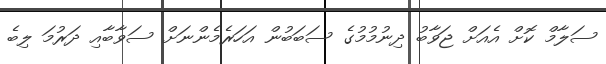
ސަލާމް ކޮށް އެއަށް ޖަވާބު ދިނުމުމުގެ ސަބަބުން އަހަރެމެންނަށް ސަވާބާއި ދަރުމަ ލިބެ